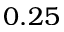
0 . 2 5